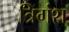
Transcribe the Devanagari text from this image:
त्रिगंश